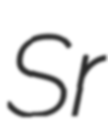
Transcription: Sr